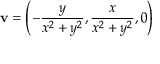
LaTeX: \mathbf { v } = \left( - { \frac { y } { x ^ { 2 } + y ^ { 2 } } } , { \frac { x } { x ^ { 2 } + y ^ { 2 } } } , 0 \right)